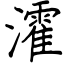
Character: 瀖